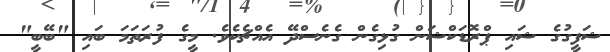
ޝަފީގުގެ ޝައި ޕްރޮޑަކްޝަން ގުޅިގެން ގެނެސްދޭ އެއްޗެކެވެ. މީގެ ފުރަތަމަ ބައި "ބޭބީ"